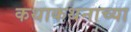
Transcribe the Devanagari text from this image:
कथाकथनाच्या